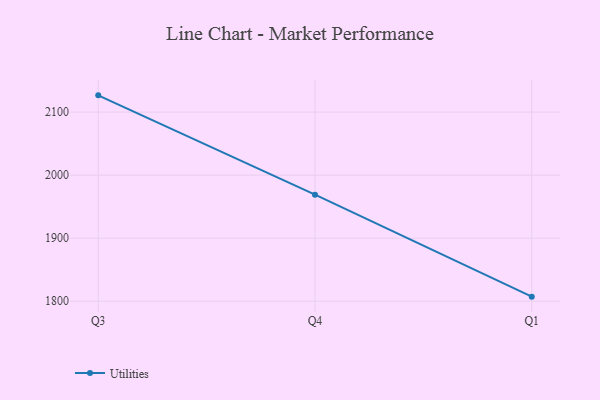
{"axis": {"x": "Quarter", "y": "Budget (USD K)"}, "legend": ["Utilities"], "data": [{"x": "Q3", "y": 2126.6, "type": "Utilities"}, {"x": "Q4", "y": 1969.1, "type": "Utilities"}, {"x": "Q1", "y": 1807.3, "type": "Utilities"}]}